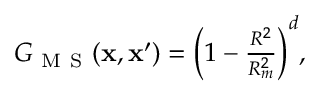
\begin{array} { r } { G _ { \mathrm { ~ M ~ S ~ } } ( \mathbf { x } , \mathbf { x } ^ { \prime } ) = \bigg ( 1 - \frac { R ^ { 2 } } { R _ { m } ^ { 2 } } \bigg ) ^ { d } , } \end{array}